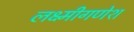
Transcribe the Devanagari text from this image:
लक्ष्मीगणेश